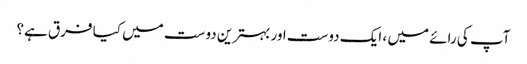
آپ کی رائے میں ، ایک دوست اور بہترین دوست میں کیا فرق ہے؟